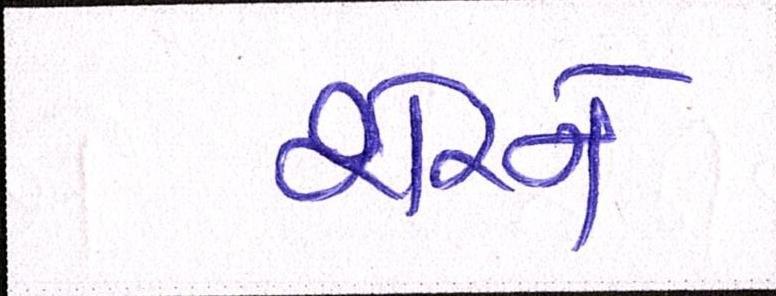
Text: શેરને